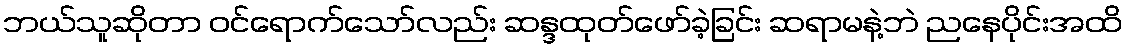
ဘယ်သူဆိုတာ ဝင်ရောက်သော်လည်း ဆန္ဒထုတ်ဖော်ခဲ့ခြင်း ဆရာမနဲ့ဘဲ ညနေပိုင်းအထိ